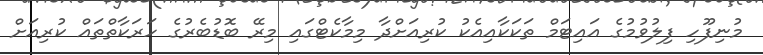
މުނިފޫހި ފިލުވުމުގެ އައިޓަމް ތަކަކާއިއެކު ކުރިއަށްދާ މިމާކެޓްގައި މިރޭ ބޮޑުބެރުގެ ހަރަކާތްތައް ކުރިއަށް